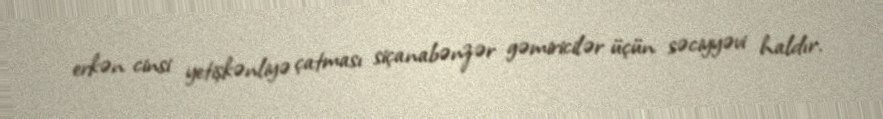
erkən cinsi yetişkənliyə çatması siçanabənzər gəmiricilər üçün səciyyəvi haldır.